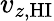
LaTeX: v_{z,\mathrm{HI}}